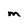
Character: M